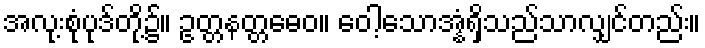
အလု့းစုံပုဒ်တို့၌။ ဥတ္တနတ္တဓေဝ။ ဝေါ့သောအ္နံရှိသည်သာလျှင်တည်း။